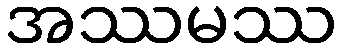
အဿမဿ